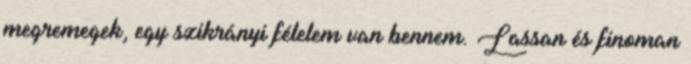
megremegek, egy szikrányi félelem van bennem. Lassan és finoman